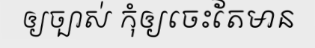
ឲ្យច្បាស់ កុំឲ្យចេះតែមាន